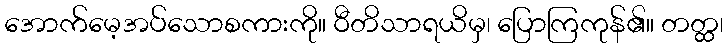
အောက်မေ့အပ်သောစကားကို။ ဝီတိသာရယိမှ၊ ပြောကြကုန်၏။ တတ္ထ၊